Vaccination in Burma 1900-1911 - 1900-1911
Year: 1900
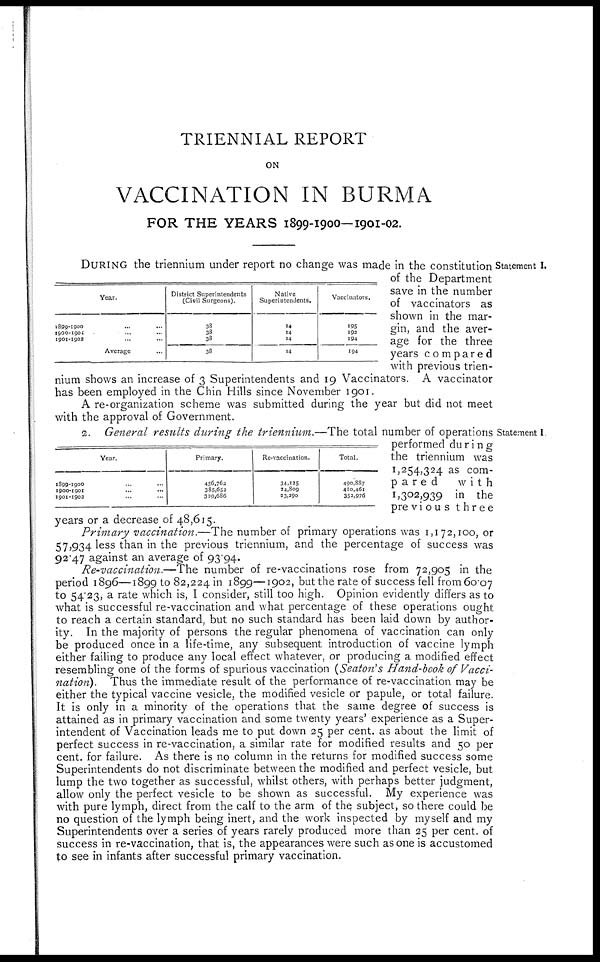
TRIENNIAL REPORT
ON
VACCINATION IN BURMA
FOR THE YEARS 1899-1900—1901-02.
Statement I.
1899-1900
1900-1901
1901-1902
Year.
... ...
... ...
... ...
Average
District Superintendents
(Civil Surgeons).
38
38
38
38
Native
Superintendents.
14
14
14
14
Vaccinators.
195
192
194
194
DURING the triennium under report no change was made in the constitution -
of the Department
save in the number
of vaccinators as
shown in the mar-
gin, and the aver-
age for the three
years compared
with previous trien-
nium shows an increase of 3 Superintendents and 19 Vaccinators. A vaccinator
has been employed in the Chin Hills since November 1901.
A re-organization scheme was submitted during the year but did not meet
with the approval of Government.
Statement I.
Year.
1899-1900 ... ...
1900-1901 ... ...
1901-1902 ... ...
Primary.
456,762
385,652
329,686
Re-vaccination.
34,125
34,809
23,290
Total.
490,887
410,461
352,976
2. General results during the triennium.—The total number of operations
performed during
the triennium was
1,254,324 as com-
pared
with
1,302,939 in the
previous three
years or a decrease of 48,615.
Primary vaccination.—The number of primary operations was 1,172,100, or
57,934 less than in the previous triennium, and the percentage of success was
92.47 against an average of 93.94.
Re-vaccination.—The number of re-vaccinations rose from 72,905 in the
period 1896—1899 to 82,224 in 1899—1902, but the rate of success fell from 60.07
to 54.23, a rate which is, I consider, still too high. Opinion evidently differs as to
what is successful re-vaccination and what percentage of these operations ought
to reach a certain standard, but no such standard has been laid down by author-
ity. In the majority of persons the regular phenomena of vaccination can only
be produced once in a life-time, any subsequent introduction of vaccine lymph
either failing to produce any local effect whatever, or producing a modified effect
resembling one of the forms of spurious vaccination (Seaton's Hand-book of Vacci-
nation). Thus the immediate result of the performance of re-vaccination may be
either the typical vaccine vesicle, the modified vesicle or papule, or total failure.
It is only in a minority of the operations that the same degree of success is
attained as in primary vaccination and some twenty years' experience as a Super-
intendent of Vaccination leads me to put down 25 per cent. as about the limit of
perfect success in re-vaccination, a similar rate for modified results and 50 per
cent. for failure. As there is no column in the returns for modified success some
Superintendents do not discriminate between the modified and perfect vesicle, but
lump the two together as successful, whilst others, with perhaps better judgment,
allow only the perfect vesicle to be shown as successful. My experience was
with pure lymph, direct from the calf to the arm of the subject, so there could be
no question of the lymph being inert, and the work inspected by myself and my
Superintendents over a series of years rarely produced more than 25 per cent. of
success in re-vaccination, that is, the appearances were such as one is accustomed
to see in infants after successful primary vaccination.